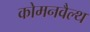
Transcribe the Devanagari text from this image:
कोमनवैल्थ